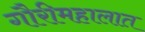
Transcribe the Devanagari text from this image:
गौरीमहालात